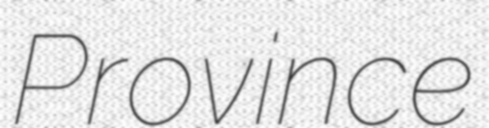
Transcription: Province